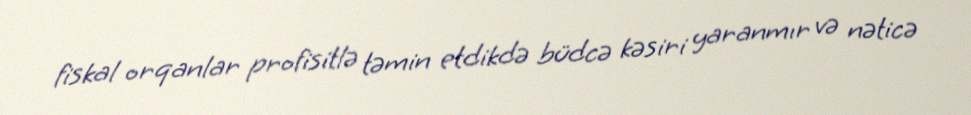
fiskal orqanlar profisitlə təmin etdikdə büdcə kəsiri yaranmır və nəticə